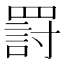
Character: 罸